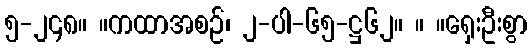
၅-၂၄၈။ ။ကထာအစဉ်၊ ၂-ပါ-၆၅-ဋ္ဌ၆၂။ ။ ။ရှေးဦးစွာ